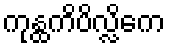
ကုန္ထကိပိလ္လိကေ